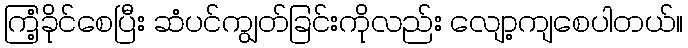
ကြံ့ခိုင်စေပြီး ဆံပင်ကျွတ်ခြင်းကိုလည်း လျော့ကျစေပါတယ်။